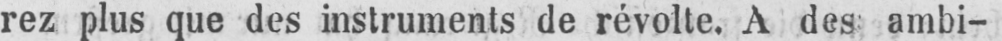
rez plus que des instruments de révolte. A des ambi-